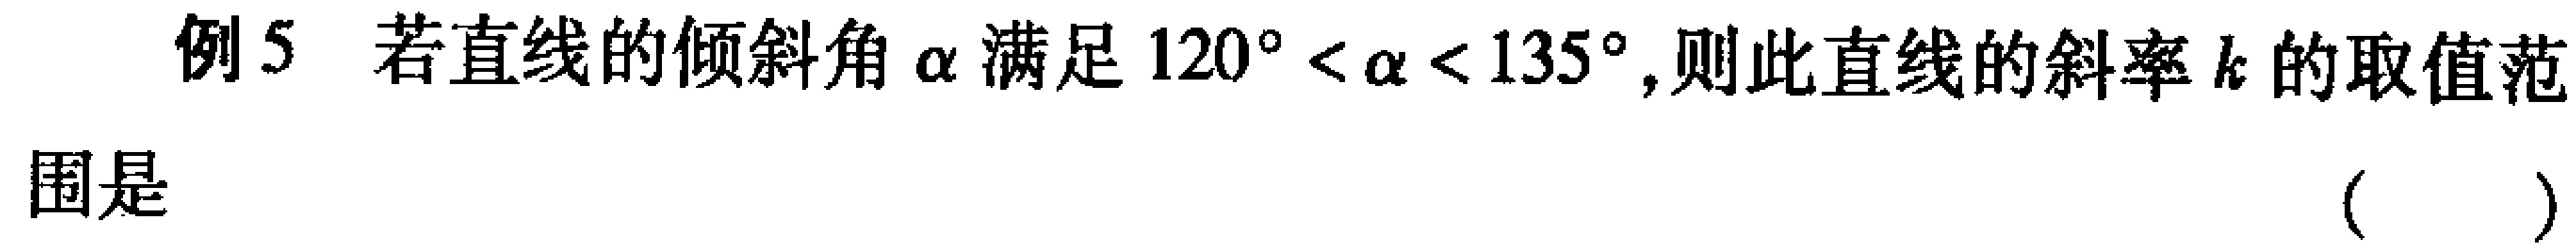
例5 若直线的倾斜角$\alpha$满足$120^{\circ}<\alpha<135^{\circ}$,则此直线的斜率$k$的取值范
围是 （  ）